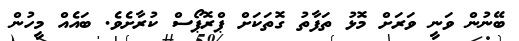
ބޭނުން ވަނީ ވަރަށް މޮޅު ތަފާތު ގޮތަކަށް ޕްރޮޕޯސް ކުރާށެވެ. ބައެއް މީހުން